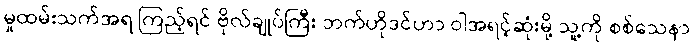
မှုထမ်းသက်အရ ကြည့်ရင် ဗိုလ်ချုပ်ကြီး ဘက်ဟိုဒင်ဟာ ဝါအရင့်ဆုံးမို့ သူ့ကို စစ်သေနာ